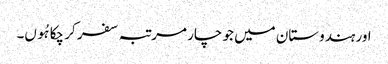
اور ہندوستان میں جو چار مرتبہ سفر کر چکا ہُوں۔